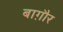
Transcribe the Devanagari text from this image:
बाग़ौर